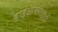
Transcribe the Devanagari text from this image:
डाइआक्साइडों